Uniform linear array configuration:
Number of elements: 4
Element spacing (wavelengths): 0.25
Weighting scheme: binomial
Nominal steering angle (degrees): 15
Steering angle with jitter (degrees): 14.398
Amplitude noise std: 0.05
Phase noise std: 0.05

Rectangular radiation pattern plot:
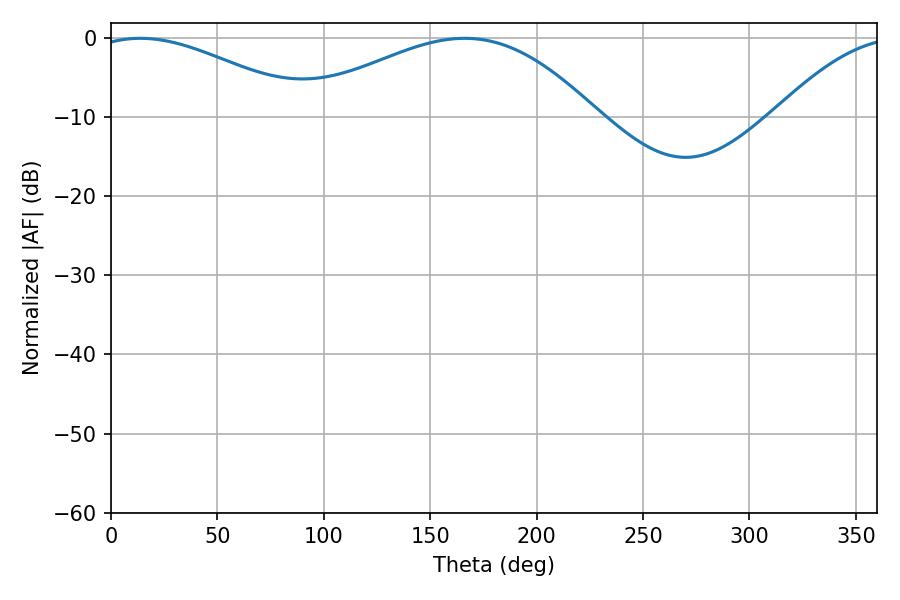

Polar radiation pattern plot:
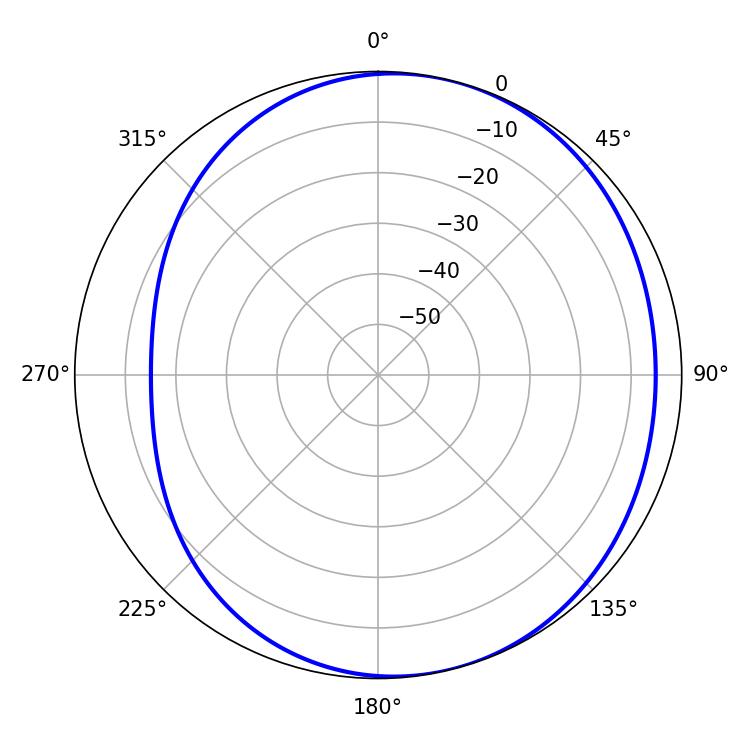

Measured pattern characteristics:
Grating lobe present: FALSE
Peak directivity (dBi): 4.101
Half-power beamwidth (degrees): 55.98
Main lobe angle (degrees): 13.86